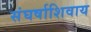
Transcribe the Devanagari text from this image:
संघर्षाशिवाय